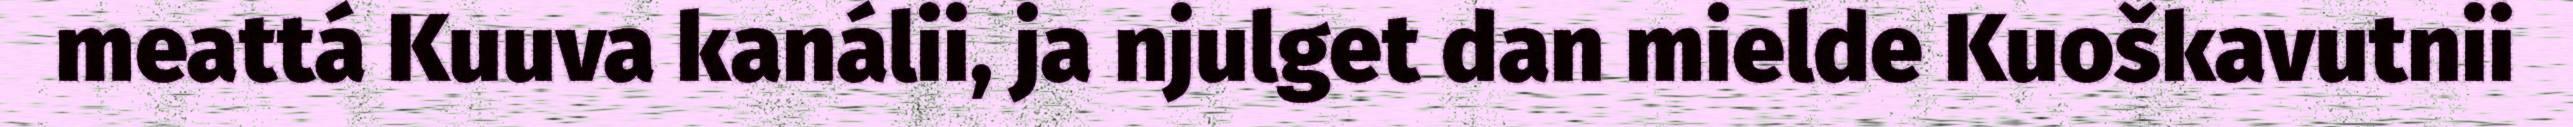
meattá Kuuva kanálii, ja njulget dan mielde Kuoškavutnii